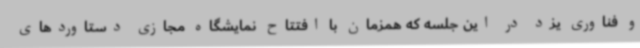
و فناوری یزد در این جلسه که همزمان با افتتاح نمایشگاه مجازی دستاوردهای